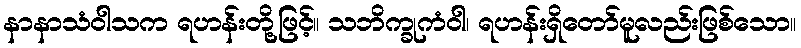
နာနာသံဝါသက ရဟန်းတို့ဖြင့်။ သဘိက္ခုကံဝါ၊ ရဟန်းရှိတော်မူလည်းဖြစ်သော။